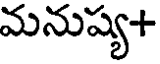
మనుష్య+